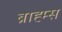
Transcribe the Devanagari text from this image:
ब्राह्म्स